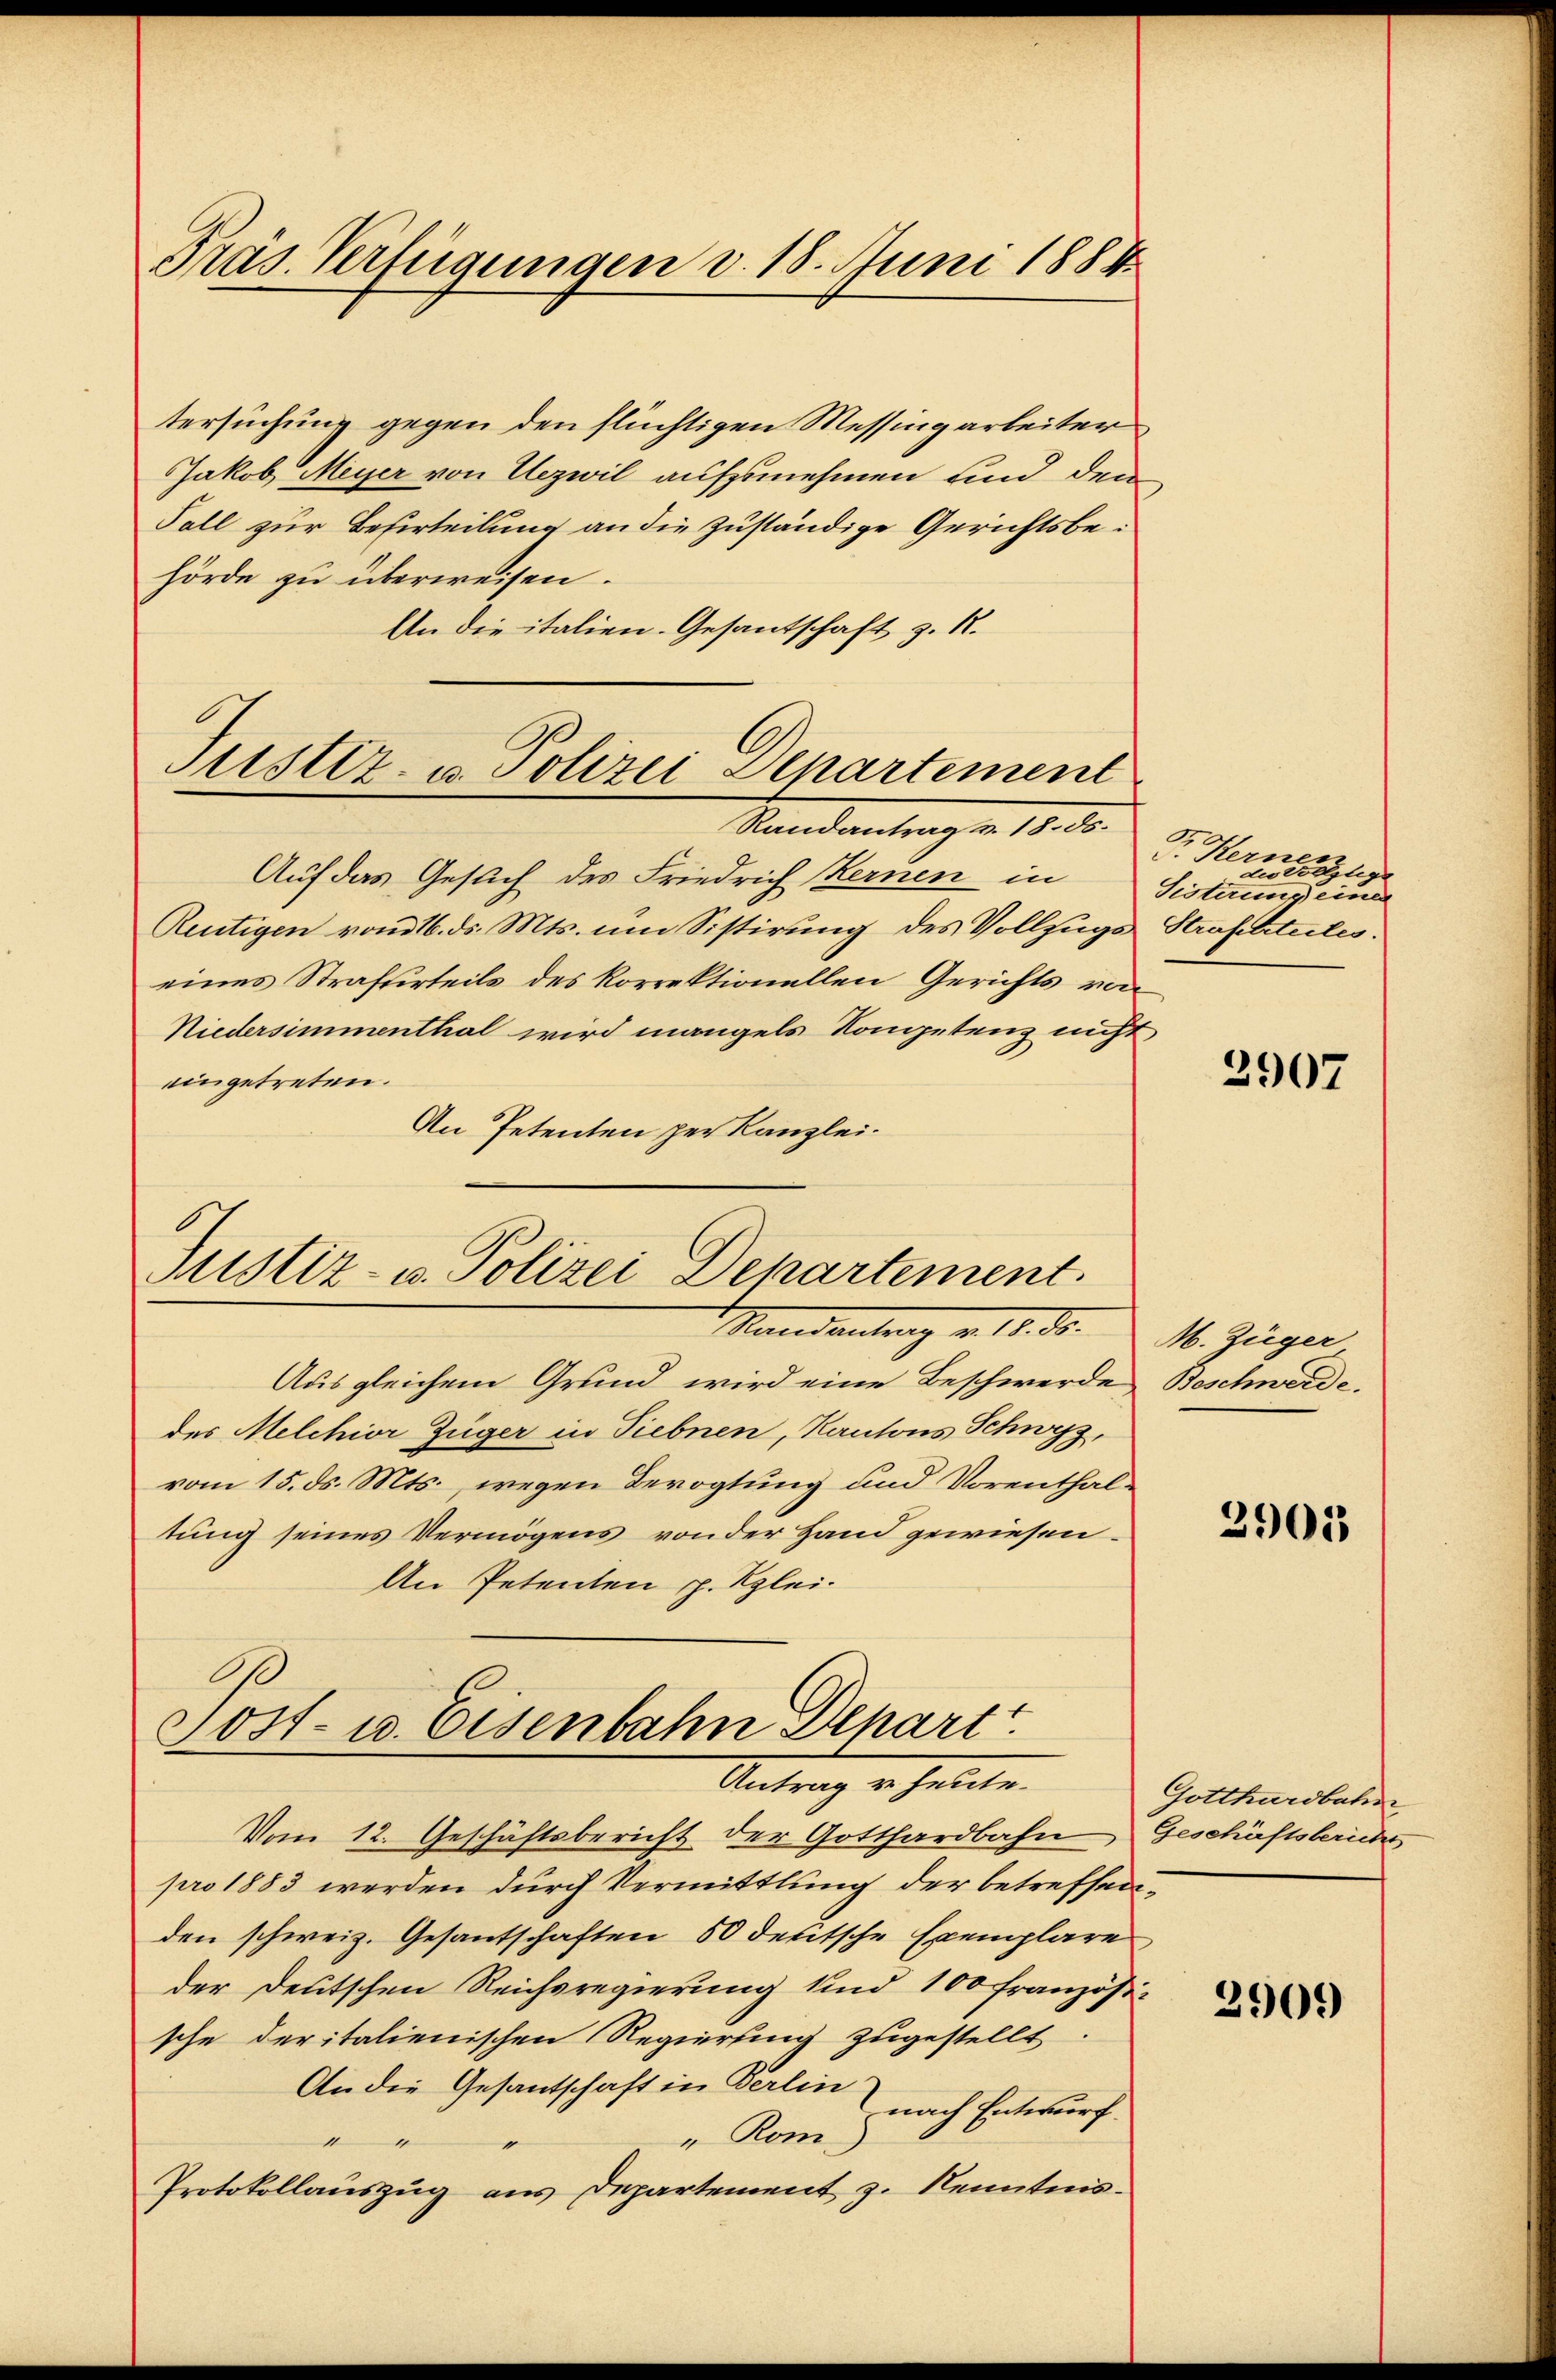
Präs. Verfügungen v. 18. Juni 1884

tersuchung gegen den flüchtigen Messingarbeiter
Jakob Meyer von Uezwil aufzunehmen und den
Fall zur Beserteilung an die zuständige Gerichtsbehörde zu überweisen.
An die italien. Gesantschaft z. R.

Justiz- u. Polizei Departement
Standantung an. 18. de

Justiz- u. Polizei Departement.

Sost- u. Eisenbahn Depart
Antrag u. heute.

Auf das Gesuch des Friedrich Kernen in
Reutigen vom 16. ds. Mts. um Sistirung des Vollzugs Strafetitutes.
eines Strafurteils des korrektionellen Gerichts von
Niedersimmenthal wird mangels Kompetenz nicht
eingetreten.
An Petenten per Kanzlei.
Mandantrag v. 18. d.
Ausgleichem Grund wird eine Beschwerde
des Melchior Züger in Tiebnen, Kantons Schwyz,
vom 15. ds. Mts., wegen Bevogtung und Vorenthaltung seines Vermögens von der Hand gewiesen.
An Petenten p. Klei¬

Vom 12. Geschäftsbericht der Gotthardbahn
pro 1883 werden durch Vermittlung der betreffenden schweiz. Gesantschaften 50 deutsche Exemplare
der Deutschen Reichsregierung sind 100 Französi-
sche deritalienischen Regierung zugestellt
An die Gesantschaft in Berlin
" Rom, nach Entwurf
11
Protokollauszug aus Departement z. Kenntnis¬

Sr. Kerner
zustellig
Sistirung einer

2907

M. Züger
Beschwerde.

3905

Gotthardbahn
Geschäftsberichs

2909